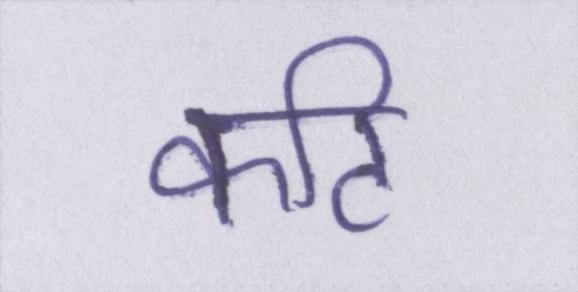
कटि